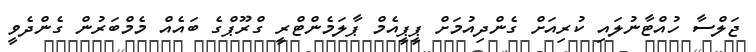
ޖަލްސާ ހުއްޓާނުލައި ކުރިއަށް ގެންދިއުމަށް ޕީޕީއެމް ޕާލަމެންޓްރީ ގްރޫޕްގެ ބައެއް މެމްބަރުން ގެންދެވީ